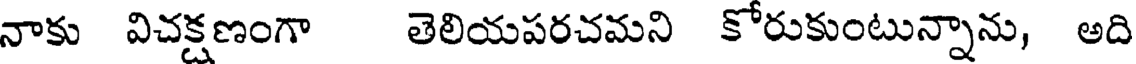
నాకు విచక్షణంగా తెలియపరచమని కోరుకుంటున్నాను, అది